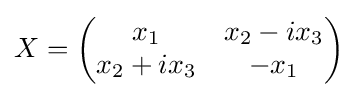
X=\left({\begin{matrix}x_{1}&x_{2}-ix_{3}\\x_{2}+ix_{3}&-x_{1}\end{matrix}}\right)